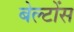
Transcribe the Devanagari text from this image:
बेल्टोंस